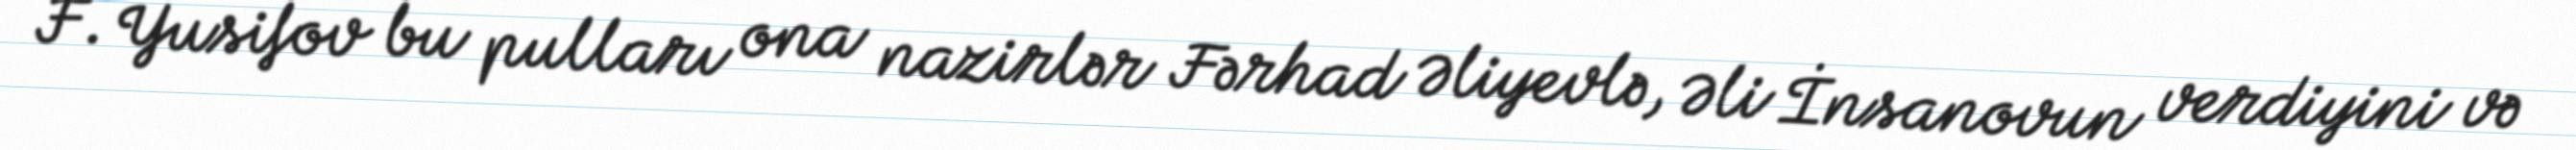
F. Yusifov bu pulları ona nazirlər Fərhad Əliyevlə, Əli İnsanovun verdiyini və